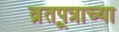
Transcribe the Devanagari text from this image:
व्रूतपत्राच्या